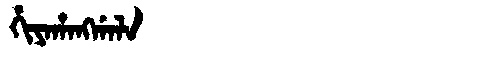
Manchu: ᡥᡳᠶᠠᡥᠠᠩᡤᠠᠯᠠ
Romanization: HIYAHANGGALA